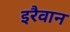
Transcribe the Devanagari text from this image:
इरैवान